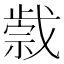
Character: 𢧼